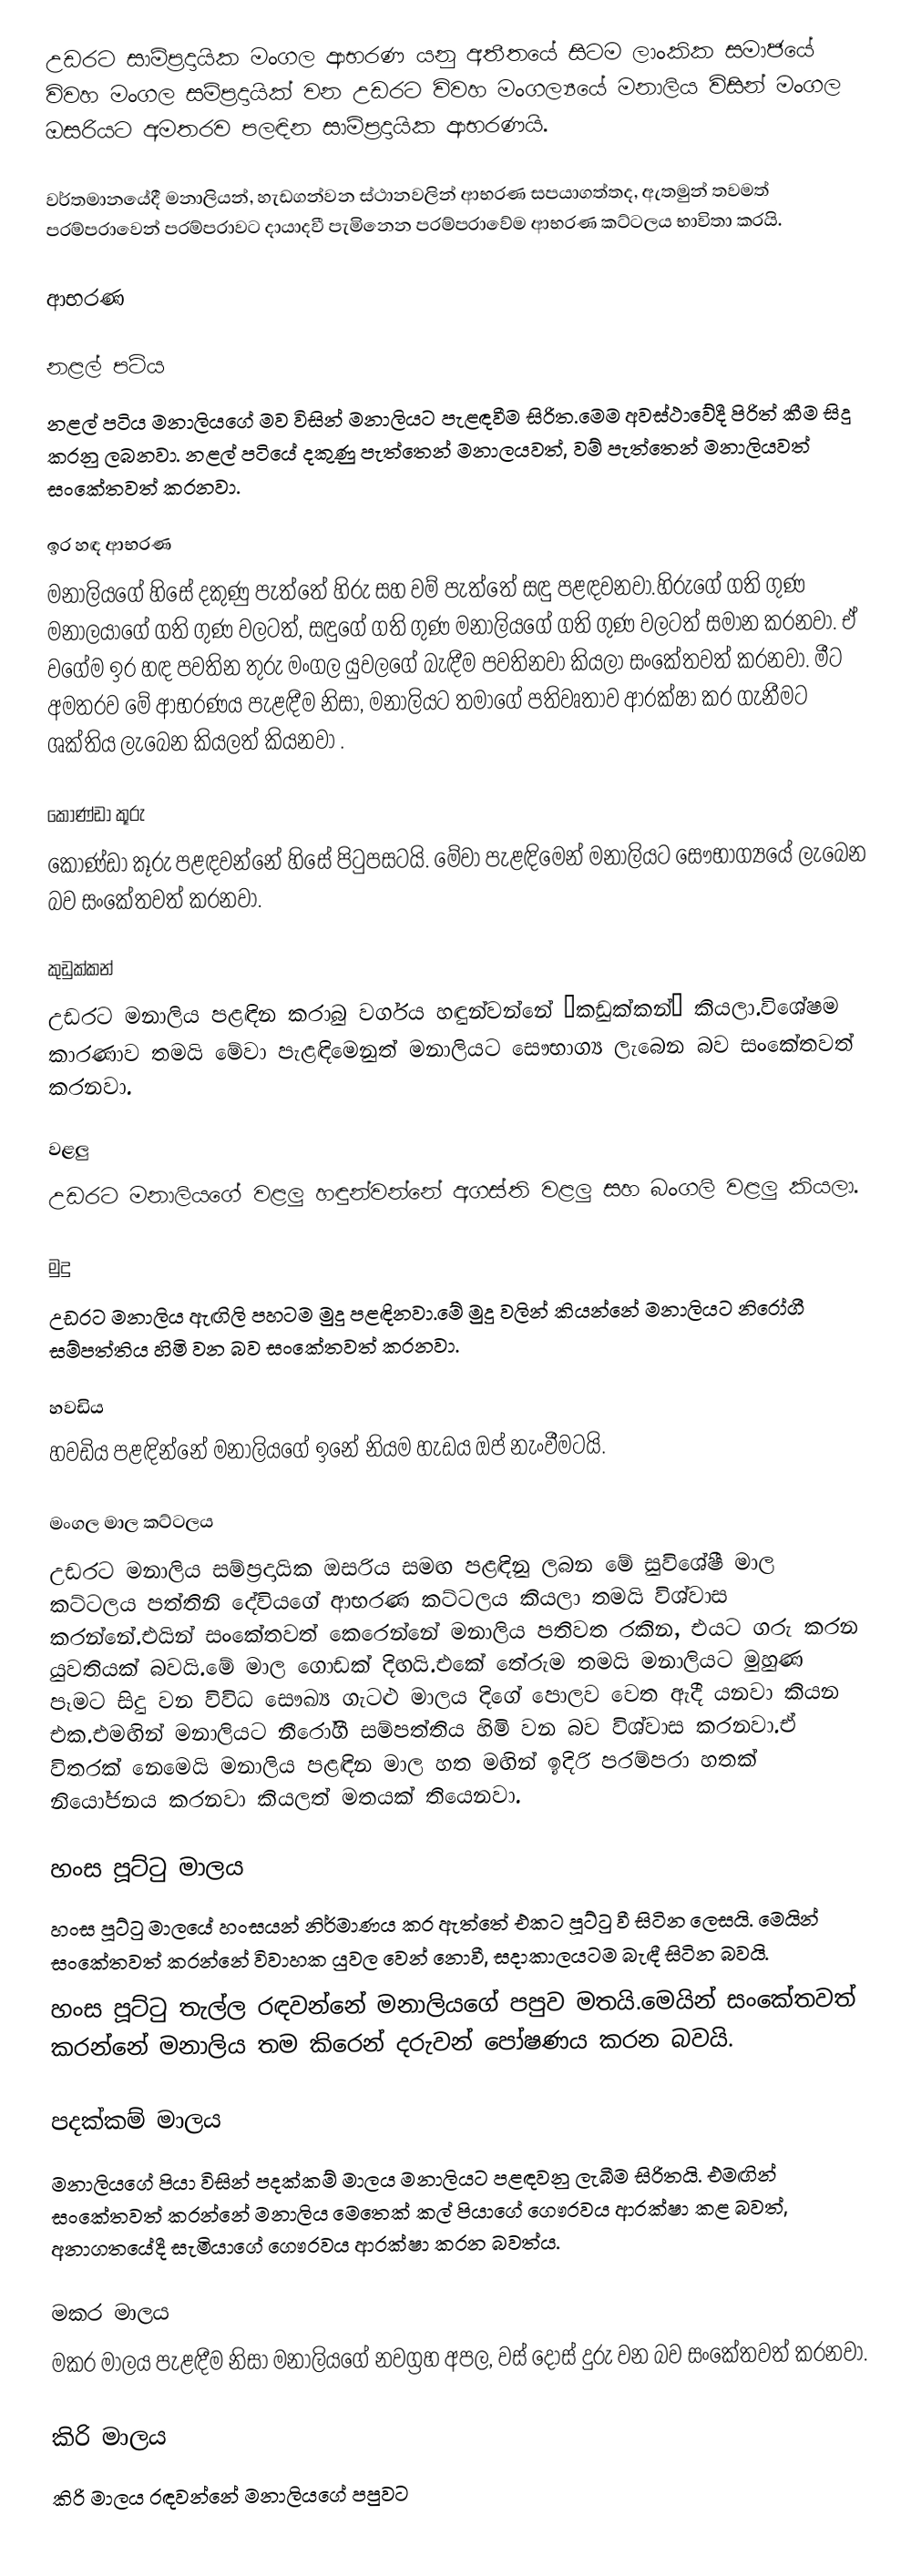
උඩරට සාම්ප්‍රදායික මංගල ආභරණ යනු අතීතයේ සිටම ලාංකික සමාජයේ විවහ මංගල සම්ප්‍රදායික් වන උඩරට විවහ මංගල්‍යයේ මනාලිය විසින් මංගල ඔසරියට අමතරව පලඳින සාම්ප්‍රදායික ආභරණයි.

වර්තමානයේදී මනාලියන්, හැඩගන්වන ස්ථානවලින් ආභරණ සපයාගත්තද, ඇතමුන් තවමත් පරම්පරාවෙන් පරම්පරාවට දායාදවී පැමිනෙන පරම්පරාවේම ආභරණ කට්ටලය භාවිතා කරයි.

ආභරණ

නළල් පටිය
නළල් පටිය මනාලියගේ මව විසින් මනාලියට පැළඳවීම සිරිත.මෙම අවස්ථාවේදී පිරිත් කීම සිදු කරනු ලබනවා. නළල් පටියේ දකුණු පැත්තෙන් මනාලයවත්, වම් පැත්තෙන් මනාලියවත් සංකේතවත් කරනවා.

ඉර හඳ ආභරණ
මනාලියගේ හිසේ දකුණු පැත්තේ හිරු සහ වම් පැත්තේ සඳු පළඳවනවා.හිරුගේ ගති ගුණ මනාලයාගේ ගති ගුණ වලටත්, සඳුගේ ගති ගුණ මනාලියගේ ගති ගුණ වලටත් සමාන කරනවා. ඒ වගේම ඉර හඳ පවතින තුරු මංගල යුවලගේ බැඳීම පවතිනවා කියලා සංකේතවත් කරනවා. මීට අමතරව මේ ආභරණය පැළඳීම නිසා, මනාලියට තමාගේ පතිවෘතාව ආරක්ෂා කර ගැනීමට ශක්තිය ලැබෙන කියලත් කියනවා .

කොණ්ඩා කූරු
කොණ්ඩා කූරු පළඳවන්නේ හිසේ පිටුපසටයි. මේවා පැළඳිමෙන් මනාලියට සෞභාග්‍යයේ ලැබෙන බව සංකේතවත් කරනවා.

කුඩුක්කන්
උඩරට මනාලිය පළඳින කරාබු වර්ගය හඳුන්වන්නේ “කඩුක්කන්” කියලා.විශේෂම කාරණාව තමයි මේවා පැළඳිමෙනුත් මනාලියට සෞභාග්‍ය ලැබෙන බව සංකේතවත් කරනවා.

වළලු
උඩරට මනාලියගේ වළලු හඳුන්වන්නේ අගස්ති වළලු සහ බංගලි වළලු කියලා.

මුදු
උඩරට මනාලිය ඇඟිලි පහටම මුදු පළඳිනවා.මේ මුදු වලින් කියන්නේ මනාලියට නිරෝගී සම්පත්තිය හිමි වන බව සංකේතවත් කරනවා.

හවඩිය
හවඩිය පළඳින්නේ මනාලියගේ ඉනේ නියම හැඩය ඔප් නැංවීමටයි.

මංගල මාල කට්ටලය
උඩරට මනාලිය සම්ප්‍රදායික ඔසරිය සමඟ පළඳිනු ලබන මේ සුවිශේෂී මාල කට්ටලය පත්තිනි දේවියගේ ආභරණ කට්ටලය කියලා තමයි විශ්වාස කරන්නේ.එයින් සංකේතවත් කෙරෙන්නේ මනාලිය පතිවත රකින, එයට ගරු කරන යුවතියක් බවයි.මේ මාල ගොඩක් දිඟයි.එකේ තේරුම තමයි මනාලියට මුහුණ පෑමට සිදු වන විවිධ සෞඛ්‍ය ගැටළු මාලය දිගේ පොලව වෙත ඇදී යනවා කියන එක.එමඟින් මනාලියට නීරෝගී සම්පත්තිය හිමි වන බව විශ්වාස කරනවා.ඒ විතරක් නෙමෙයි මනාලිය පළඳින මාල හත මඟින් ඉදිරි පරම්පරා හතක් නියෝජනය කරනවා කියලත් මතයක් තියෙනවා.

හංස පූට්ටු මාලය
හංස පූට්ටු මාලයේ හංසයන් නිර්මාණය කර ඇත්තේ එකට පූට්ටු වී සිටින ලෙසයි. මෙයින් සංකේතවත් කරන්නේ විවාහක යුවල වෙන් නොවී, සදාකාලයටම බැඳී සිටින බවයි.
හංස පූට්ටු තැල්ල රඳවන්නේ මනාලියගේ පපුව මතයි.මෙයින් සංකේතවත් කරන්නේ මනාලිය තම කිරෙන් දරුවන් පෝෂණය කරන බවයි.

පදක්කම් මාලය
මනාලියගේ පියා විසින් පදක්කම් මාලය මනාලියට පළඳවනු ලැබීම සිරිතයි. එමඟින් සංකේතවත් කරන්නේ මනාලිය මෙතෙක් කල් පියාගේ ගෞරවය ආරක්ෂා කළ බවත්, අනාගතයේදී සැමියාගේ ගෞරවය ආරක්ෂා කරන බවත්ය.

මකර මාලය
මකර මාලය පැළඳීම නිසා මනාලියගේ නවග්‍රහ අපල, වස් දොස් දුරු වන බව සංකේතවත් කරනවා.

කිරි මාලය
කිරි මාලය රඳවන්නේ මනාලියගේ පපුවට